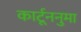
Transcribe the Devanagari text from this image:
कार्टूननुमा